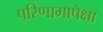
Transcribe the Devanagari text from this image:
परिणामापेक्षा